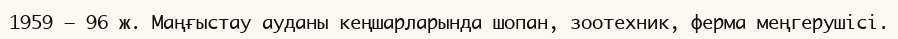
1959 – 96 ж. Маңғыстау ауданы кеңшарларында шопан, зоотехник, ферма меңгерушісі.